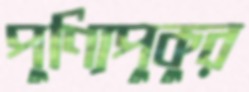
পুণ্যিপুকুর